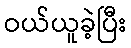
ဝယ်ယူခဲ့ပြီး